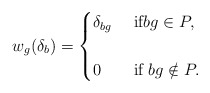
\begin{align*} w_{g}(\delta_{b})=\begin{cases} \delta_{bg} & \mbox{ if} bg \in P,\cr &\cr 0 & \mbox{ if } bg \notin P. \end{cases}\end{align*}